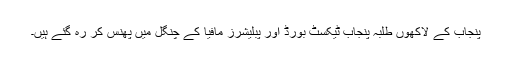
پنجاب کے لاکھوں طلبہ پنجاب ٹیکسٹ بورڈ اور پبلیشرز مافیا کے چنگل میں پھنس کر رہ گئے ہیں۔